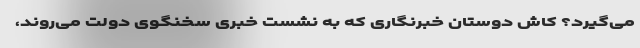
می‌گیرد؟ کاش دوستان خبرنگاری که به نشست خبری سخنگوی دولت می‌روند،